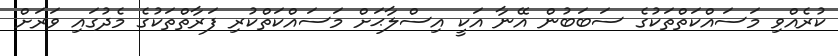
ކުރެއްވި މަސައްކަތްތަކުގެ ސަބަބުން އޭނާ އަކީ އިސްލާޙަށް މަސައްކަތްކުރި ފަރާތްތަކުގެ މެދުގައި ވަރަށް